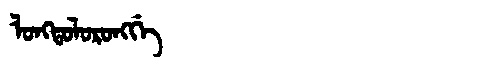
Manchu: ᠯᠣᠩᡨᠣᠯᠣᡵᠣᠩᡤᡝ
Romanization: LONGTOLORONGGE